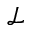
\mathscr { L }